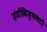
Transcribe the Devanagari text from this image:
इंडीविजुएलटी